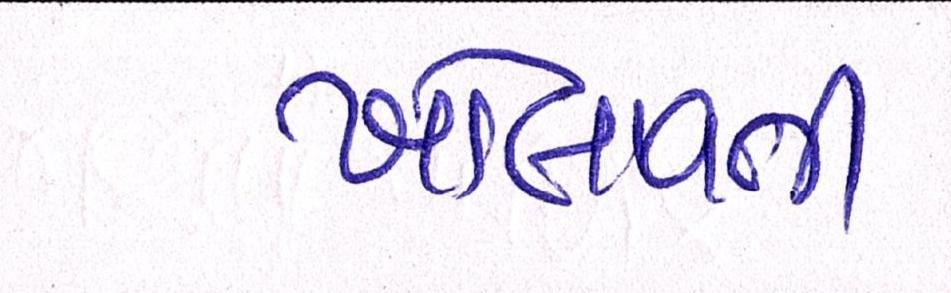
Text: ખોલાવતી